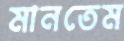
মানতেম